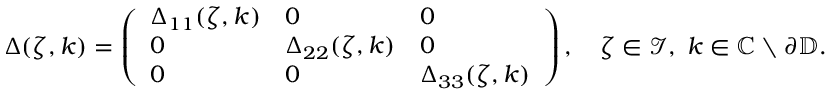
\begin{array} { r } { \Delta ( \zeta , k ) = \left( \begin{array} { l l l } { \Delta _ { 1 1 } ( \zeta , k ) } & { 0 } & { 0 } \\ { 0 } & { \Delta _ { 2 2 } ( \zeta , k ) } & { 0 } \\ { 0 } & { 0 } & { \Delta _ { 3 3 } ( \zeta , k ) } \end{array} \right) , \quad \zeta \in \mathcal { I } , \; k \in \mathbb { C } \setminus \partial \mathbb { D } . } \end{array}